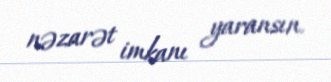
nəzarət imkanı yaransın.